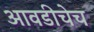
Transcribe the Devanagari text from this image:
आवडीचेच